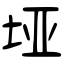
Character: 垭